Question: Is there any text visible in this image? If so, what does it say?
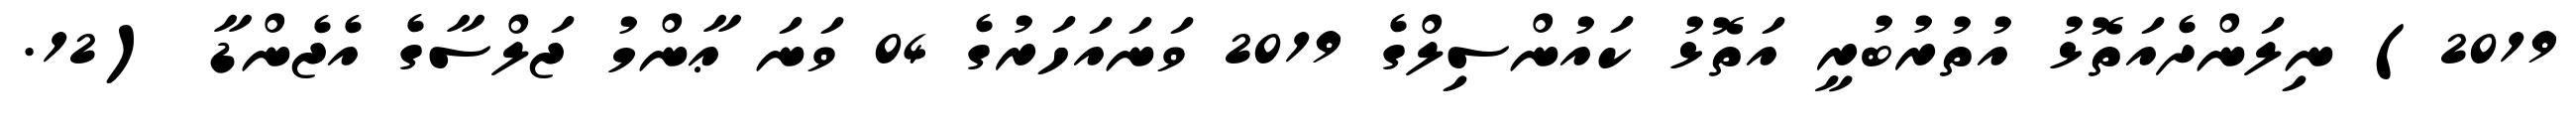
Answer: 2019) ނިލަންދެއަތޮޅު އުތުރުބުރީ އަތޮޅު ކައުންސިލްގެ 2019 ވަނައަހަރުގެ 04 ވަނަ ޢާންމު ޖަލްސާގެ އެޖެންޑާ (12.